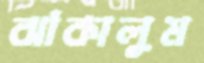
ঝাঁকালুম